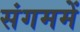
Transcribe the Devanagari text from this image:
संगममें